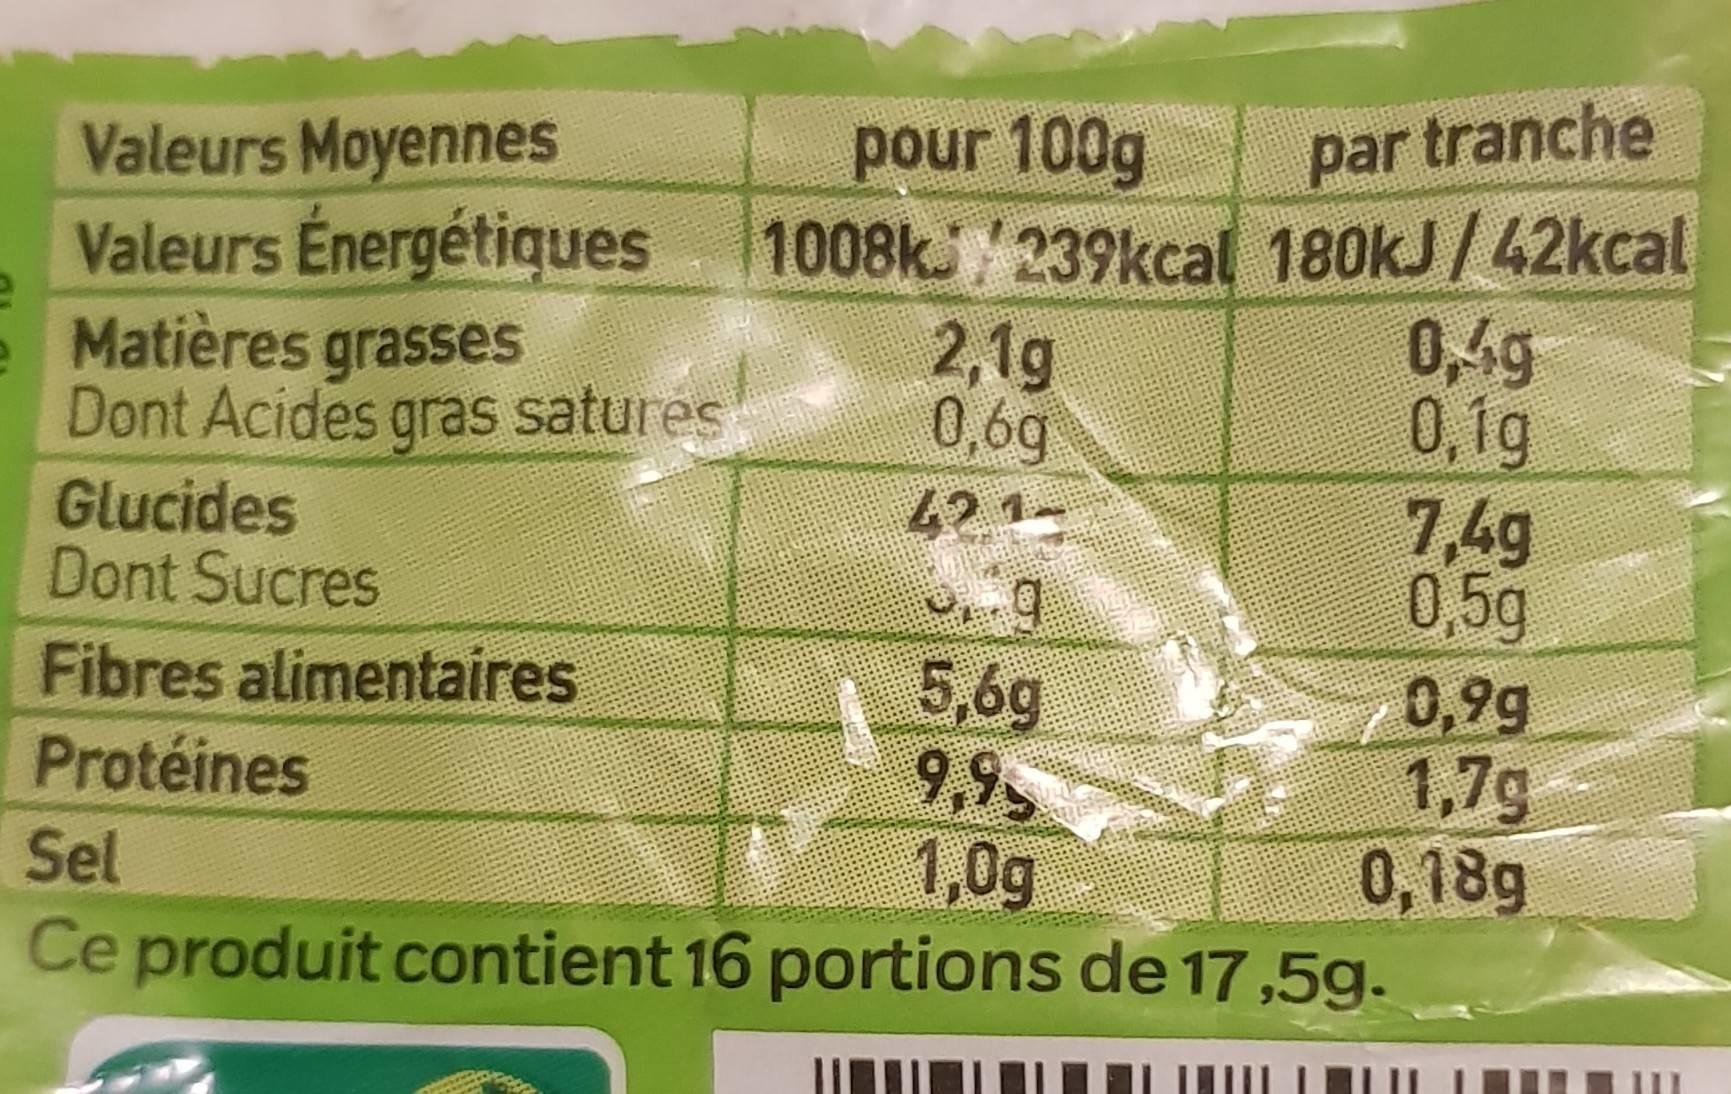
Valeurs Moyennes
pour 100g
Valeurs Énergétiques 1008k239kcal
Matières grasses
Dont Acides gras satures
Glucides
Dont Sucres
Fibres alimentaires
Protéines
2,1g
0,6g
421..q
5,6g
9,95
1,0g
par tranche 180kJ/42kcal
0,4g
0,1g
7,4g
0,5g
0,9g
1,7g
0,18g
Sel
Ce produit contient 16 portions de 17,5g.